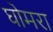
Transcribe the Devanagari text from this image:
घोमरा